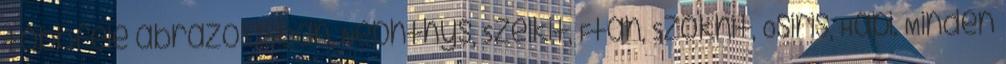
többféle ábrázolásban, Nephthys, Szelkit, Ftáh, Szokhit, Osiris, Hápi. Minden